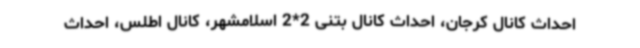
احداث کانال کرجان، احداث کانال بتنی 2*2 اسلامشهر، کانال اطلس، احداث